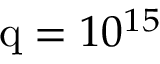
\mathrm { q } = 1 0 ^ { 1 5 }